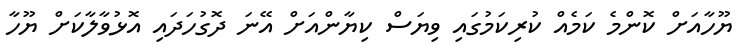
ޔޫހާއަށް ކޮންމެ ކަމެއް ކުރިކަމުގައި ވިޔަސް ކިޔާންއަށް އޭނަ ދޮގުހަދައި އޮޅުވާލާކަށް ޔޫހާ